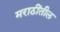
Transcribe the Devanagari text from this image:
मराठींतील